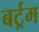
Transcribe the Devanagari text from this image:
बर्ट्रम